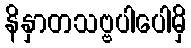
နိနှာတသဗ္ဗပါပေါမှိ